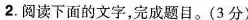
2.阅读下面的文字，完成题目。(3分)